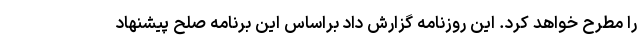
را مطرح خواهد کرد. این روزنامه گزارش داد براساس این برنامه صلح پیشنهاد